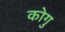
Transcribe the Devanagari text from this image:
कोगु